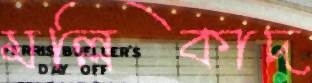
মল্লিকাদ